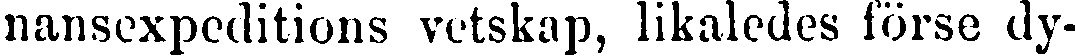
nansexpeditions vetskap, likaledes förse dy-